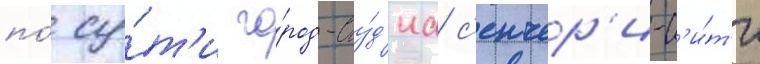
по́ су́т'и го́род-сту́д'иа с'енчер'и-с'и́т'и